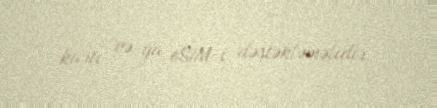
kartı və ya eSIM-i dəstəkləməlidir.